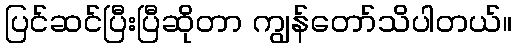
ပြင်ဆင်ပြီးပြီဆိုတာ ကျွန်တော်သိပါတယ်။